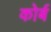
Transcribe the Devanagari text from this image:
कोर्ब